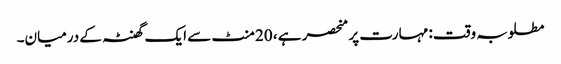
مطلوبہ وقت: مہارت پر منحصر ہے ، 20 منٹ سے ایک گھنٹہ کے درمیان۔